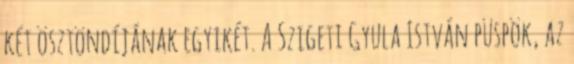
két ösztöndíjának egyikét. A Szigeti Gyula István püspök, az